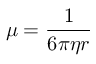
\mu = { \frac { 1 } { 6 \pi \eta r } }